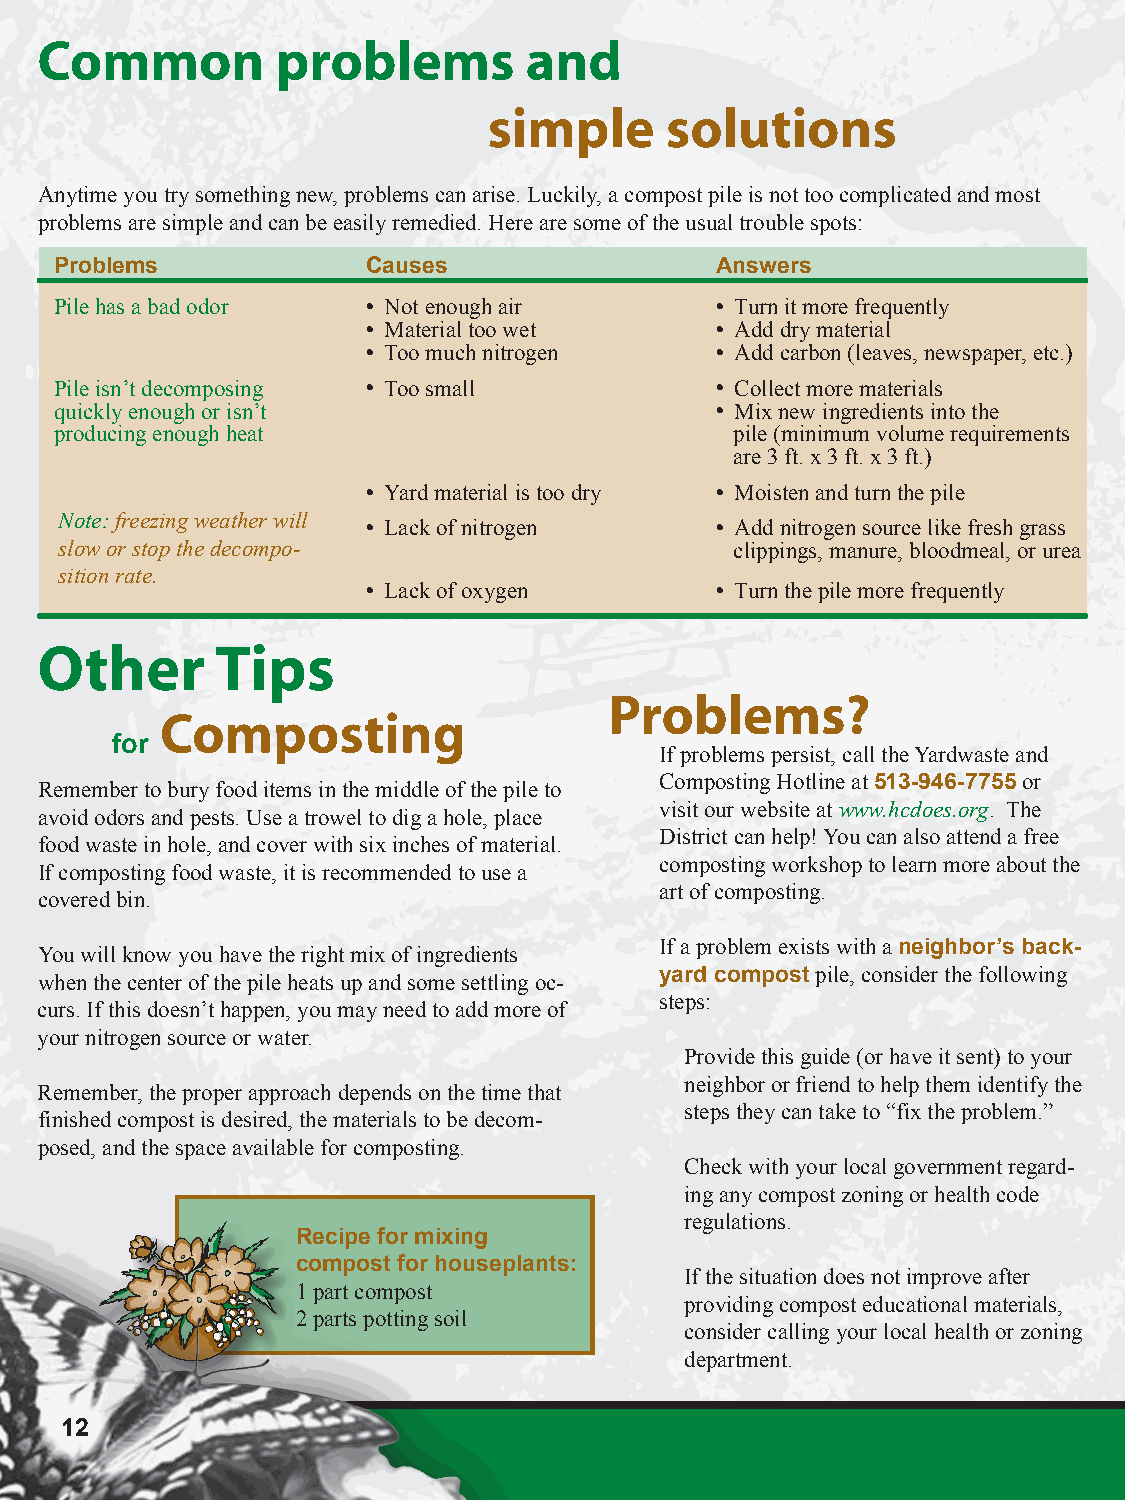
Common          problems         and
 simple      solutions
 Anytime you try something new, problems can arise. Luckily, a compost pile is not too complicated and most
 problems are simple and can be easily remedied. Here are some of the usual trouble spots:
 Problems            Causes                 Answers
 Pile has a bad odor  Not enough air        Turn it more frequently
  Material too wet      Add dry material
  Too much nitrogen     Add carbon (leaves, newspaper, etc.)
 Pile isn’t decomposing  Too small          Collect more materials
 quickly enough or isn’t                     Mix new ingredients into the
 producing enough heat                        pile (minimum volume requirements
 are 3 ft. x 3 ft. x 3 ft.)
  Yard material is too dry  Moisten and turn the pile
 Note: freezing weather will
  Lack of nitrogen      Add nitrogen source like fresh grass
 slow or stop the decompo-                    clippings, manure, bloodmeal, or urea
 sition rate.
  Lack of oxygen        Turn the pile more frequently
 Other       Tips
 Problems?
 Composting
 for
 If problems persist, call the Yardwaste and
 Composting Hotline at 513-946-7755 or
 Remember to bury food items in the middle of the pile to
 visit our website at www.hcdoes.org. The
 avoid odors and pests. Use a trowel to dig a hole, place
 District can help! You can also attend a free
 food waste in hole, and cover with six inches of material.
 composting workshop to learn more about the
 If composting food waste, it is recommended to use a
 art of composting.
 covered bin.
 If a problem exists with a neighbor’s back-
 You will know you have the right mix of ingredients
 yard compost pile, consider the following
 when the center of the pile heats up and some settling oc-
 steps:
 curs. If this doesn’t happen, you may need to add more of
 your nitrogen source or water.
 Provide this guide (or have it sent) to your
 neighbor or friend to help them identify the
 Remember, the proper approach depends on the time that
 steps they can take to “fix the problem.”
 finished compost is desired, the materials to be decom-
 posed, and the space available for composting.
 Check with your local government regard-
 ing any compost zoning or health code
 regulations.
 Recipe for mixing
 compost for houseplants:
 If the situation does not improve after
 1 part compost
 providing compost educational materials,
 2 parts potting soil
 consider calling your local health or zoning
 department.
 12